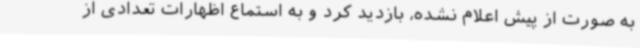
به صورت از پیش اعلام نشده، بازدید کرد و به استماع اظهارات تعدادی از